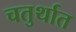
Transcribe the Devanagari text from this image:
चतुर्थात